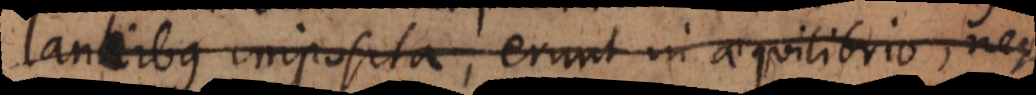
lancibus imposita, erunt in aequilibrio, neque